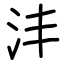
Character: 沣